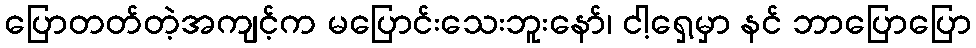
ပြောတတ်တဲ့အကျင့်က မပြောင်းသေးဘူးနော်၊ ငါ့ရှေ့မှာ နင် ဘာပြောပြော